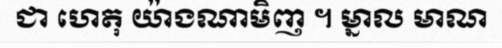
ជា ហេតុ យ៉ាងណាមិញ ។ ម្នាល មាណ